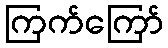
ကြက်ကြော်